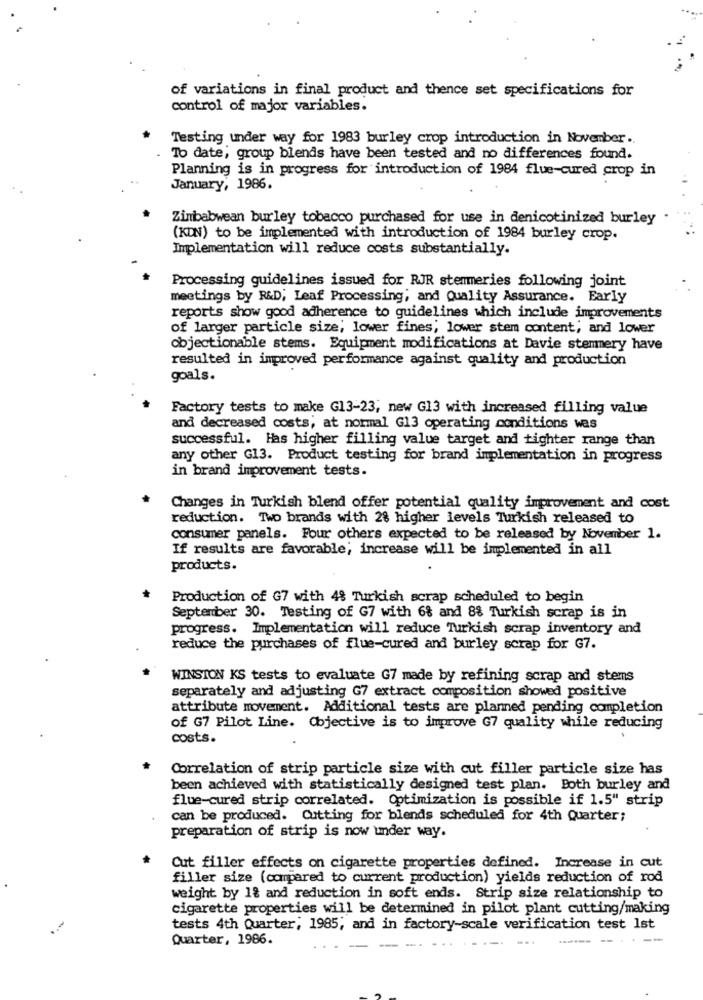
of variations in final product and thence set specifications for
control of major variables.
Testing under way for 1983 burley crop introduction in November ..
To date, group blends have been tested and no differences found.
Planning is in progress for introduction of 1984 flue-cured crop in
January, 1986.
Zimbabwean burley tobacco purchased for use in denicotinized burley
(KDN) to be implemented with introduction of 1984 burley crop.
Implementation will reduce costs substantially.
Processing guidelines issued for RJR stemmeries following joint
meetings by R&D; Leaf Processing; and Quality Assurance. Early
reports show good adherence to guidelines which include improvements
of larger particle size; lower fines; lower stem content, and lower
objectionable stems. Equipment modifications at Davie stemmery have
resulted in improved performance against quality and production
goals.
Factory tests to make G13-23, new G13 with increased filling value
and decreased costs, at normal G13 operating conditions was
successful. Has higher filling value target and tighter range than
any other G13. Product testing for brand implementation in progress
in brand improvement tests.
Changes in Turkish blend offer potential quality improvement and cost
reduction. Two brands with 2% higher levels Turkish released to
consumer panels. Four others expected to be released by November 1.
If results are favorable; increase will be implemented in all
products.
Production of G7 with 48 Turkish scrap scheduled to begin
September 30. Testing of G7 with 68 and 88 Turkish scrap is in
progress. Implementation will reduce Turkish scrap inventory and
reduce the purchases of flue-cured and burley scrap for G7.
WINSTON KS tests to evaluate G7 made by refining scrap and stems
separately and adjusting G7 extract composition showed positive
attribute movement. Additional tests are planned pending completion
of G7 Pilot Line. Objective is to improve G7 quality while reducing
costs.
Correlation of strip particle size with cut filler particle size has
been achieved with statistically designed test plan. Both burley and
flue-cured strip correlated. Optimization is possible if 1.5" strip
can be produced. Cutting for blends scheduled for 4th Quarter;
preparation of strip is now under way.
Cut filler effects on cigarette properties defined. Increase in cut
filler size (compared to current production) yields reduction of rod
weight by 18 and reduction in soft ends. Strip size relationship to
cigarette properties will be determined in pilot plant cutting/making
tests 4th Quarter, 1985; and in factory-scale verification test Ist
Quarter, 1986.